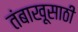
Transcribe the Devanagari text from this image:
तंबाखूसाठी